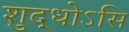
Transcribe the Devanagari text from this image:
शुद्धोऽसि